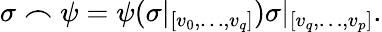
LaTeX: \sigma\frown\psi=\psi(\sigma|_{[v_{0},\ldots,v_{q}]})\sigma|_{[v_{q},\ldots,v_{p}]}.